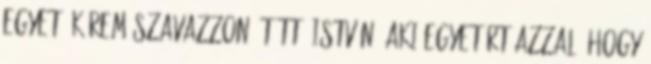
egyet, kérem szavazzon. Tüttő István: Aki egyetért azzal, hogy